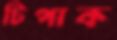
টিপাক